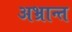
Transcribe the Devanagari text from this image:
अभ्रान्त